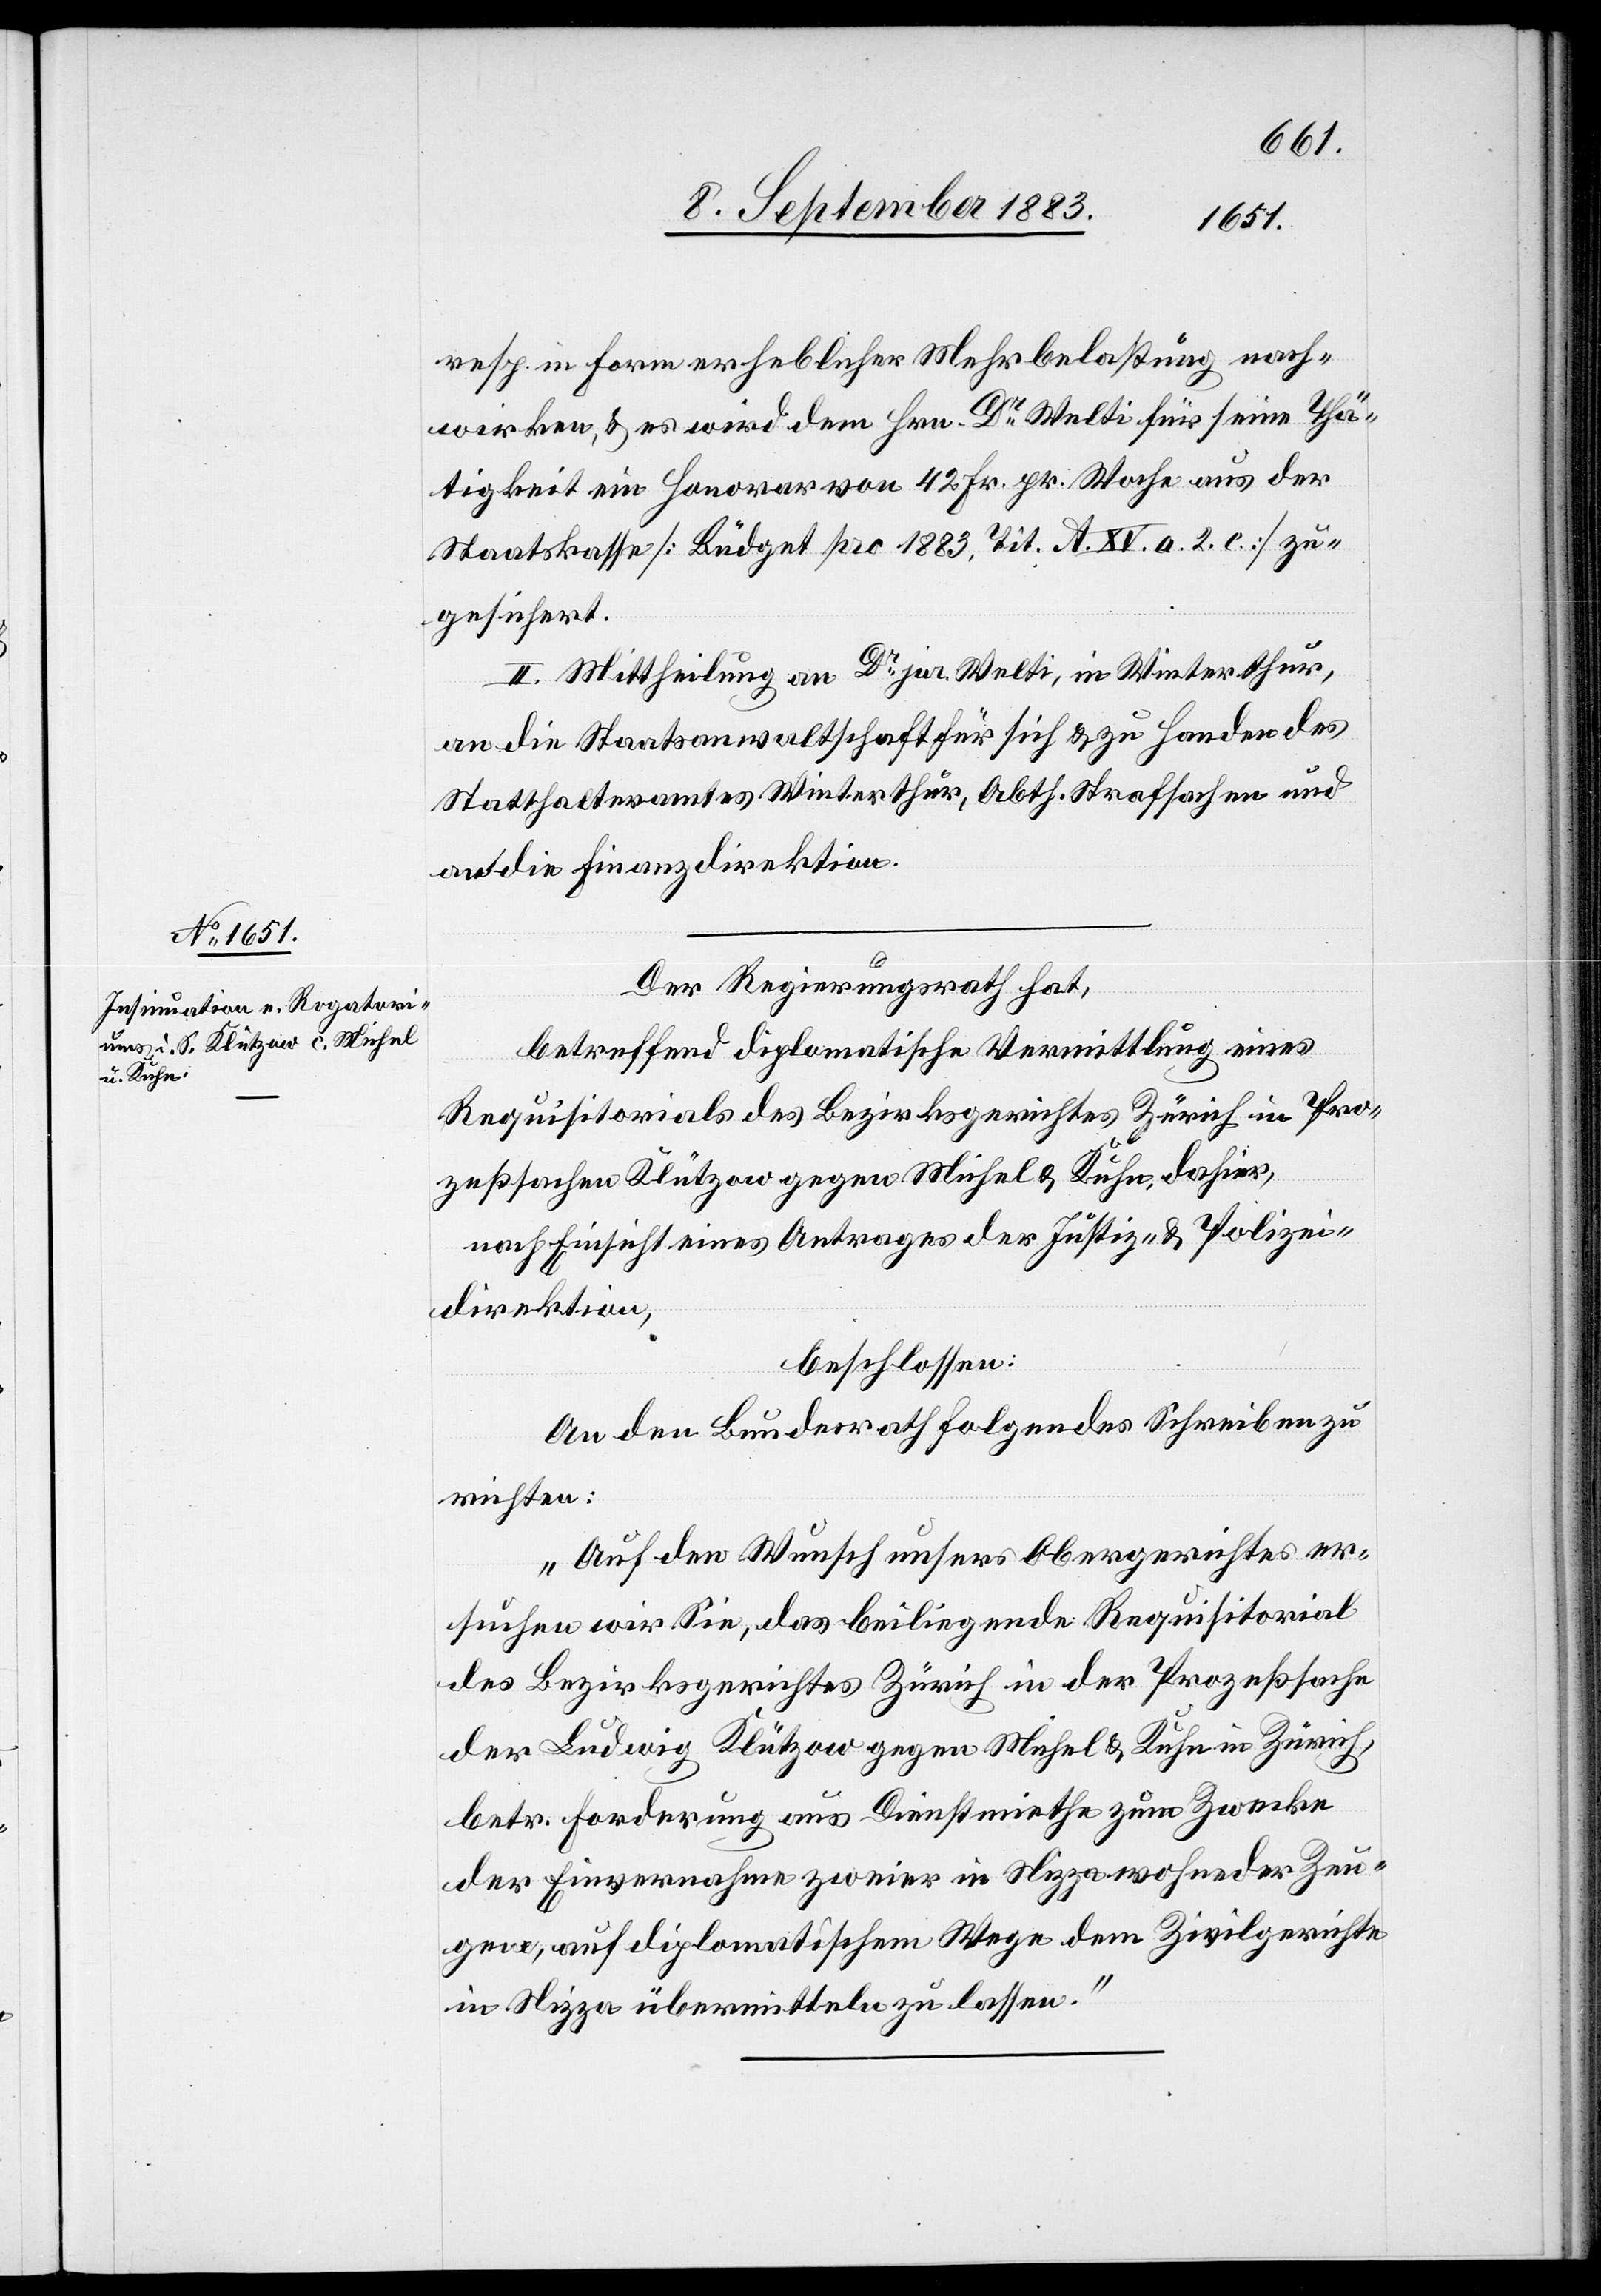
resp. in Form erheblicher Mehrbelastung nach¬
wirken, & es wird dem Hrn. Dr Welti für eine Thä¬
tigkeit ein Honorar von 42 Fr. pr. Woche aus der
Staatskasse [Büdget pro 1883, Tit. A. XV. a. 2. c.] zu¬
gesichert.
II. Mittheilung an Dr jur. Welti, in Winterthur,
an die Staatsanwaltschaft für sich & zu handen des
Statthalteramtes Winterthur, Abth. Strafsachen und
an die Finanzdirektion.
Der Regierungsrath hat,
betreffend diplomatische Vermittlung eines
Requisitorials des Bezirksgerichtes Zürich in Pro¬
zeßsachen Klützow gegen Michel & Kuhn, dahier,
nach Einsicht eines Antrages der Justiz- & Polizei¬
direktion,
beschlossen:
An den Bundesrath folgendes Schreiben zu
richten:
„Auf den Wunsch unsers Obergerichtes er¬
suchen wir Sie, das beiliegende Requisitorial
des Bezirksgerichtes Zürich in der Prozeßsache
Ludwig Klützow gegen Michel & Kuhn in Zürich,
betr. Forderung aus Dienstmiethe zum Zwecke
der Einvernahme zweier in Nizza wohnender Zeu¬
gen, auf diplomatischem Wege dem Zivilgerichte
in Nizza übermitteln zu lassen.“